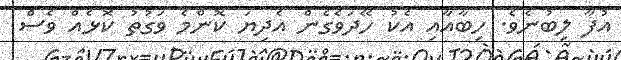
އުފާ ލިބުނެވެ. ހިބާއާއި އެކު ހޭދަވެގެން އެދިޔަ ކޮންމެ ވަގުތު ކޮޅެއް ވެސް